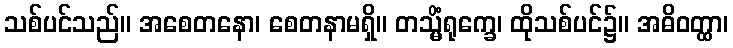
သစ်ပင်သည်။ အစေတနော၊ စေတနာမရှိ။ တသ္မိံရုက္ခေ၊ ထိုသစ်ပင်၌။ အဓိဝတ္ထာ၊